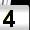
Digit: 4